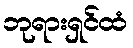
ဘုရားရှင်ထံ